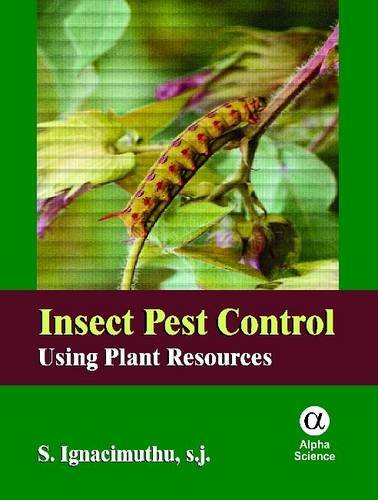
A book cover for Insect Pest Control: Using Plant Resources; S. Ignacimuthu; Science & Math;